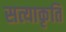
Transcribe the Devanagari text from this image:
सत्याकृति